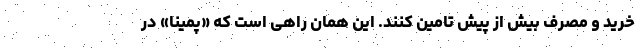
خرید و مصرف بیش از پیش تامین کنند. این همان راهی است که «پمینا» در